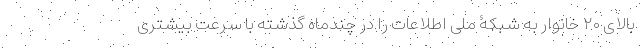
بالای ۲۰ خانوار به شبکۀ ملی اطلاعات را در چندماه گذشته با سرعت بیشتری